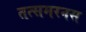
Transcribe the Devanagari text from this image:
तत्समरनस